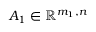
A _ { 1 } \in \mathbb { R } ^ { m _ { 1 } , n }